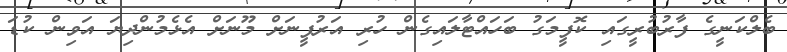
ބެލްކަނީގެ ފާރުބުރީގައި ކޮފީމަގު ބަހައްޓާލައިގެން ހުރި އަރުފީނަށް މޫނަށް އެޅެމުންދިޔަ އަވިން ކުޑަ